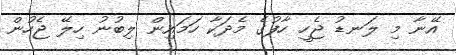
އޭނާ މި ލަނޑު ޖެހީ ހާފުގެ މެދަކާ ހަމައިން ލިބުނު ހިލޭ ޖެހުން